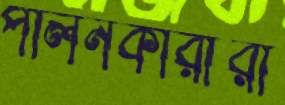
পালনকারীরা